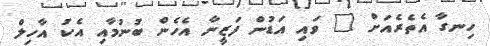
ހިނގާ އެތެރެއަށް " ވައި އަޑުން ފަޒީނާ އެހެން ބުނުމާއި އެކު އާހިލް